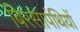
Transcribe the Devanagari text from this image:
बिरसापंथियों